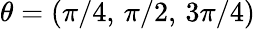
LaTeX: \theta=(\pi/4,\, \pi/2,\, 3\pi/4)